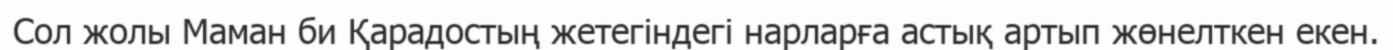
Сол жолы Маман би Қарадостың жетегіндегі нарларға астық артып жөнелткен екен.